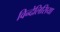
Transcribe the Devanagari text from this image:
विन्देलिसिया